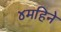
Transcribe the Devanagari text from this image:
४महिने